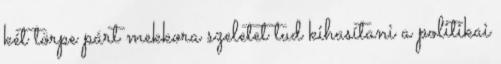
két törpe párt mekkora szeletet tud kihasítani a politikai